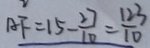
A F = 1 5 - \frac { 2 7 } { 1 0 } = \frac { 1 2 3 } { 1 0 }